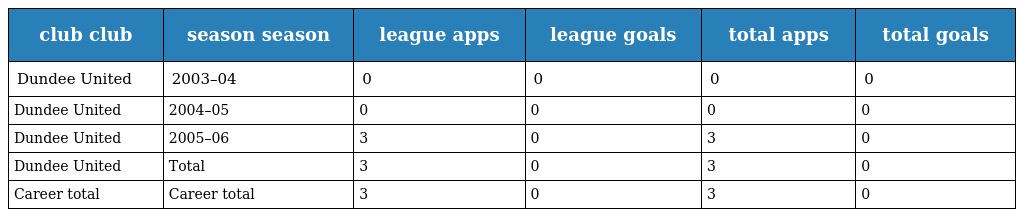
| club club | season season | league apps | league goals | total apps | total goals |
 | --- | --- | --- | --- | --- | --- |
 | Dundee United | 2003–04 | 0 | 0 | 0 | 0 |
 | Dundee United | 2004–05 | 0 | 0 | 0 | 0 |
 | Dundee United | 2005–06 | 3 | 0 | 3 | 0 |
 | Dundee United | Total | 3 | 0 | 3 | 0 |
 | Career total | Career total | 3 | 0 | 3 | 0 |